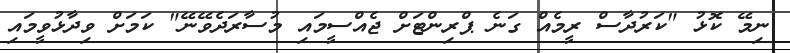
ނިމޭ ކޮޅު "ކަރުދާސް ރީމެއް ގަނެ ޕްރިންޓަށް ޖެއްސީމައި މުސާރަދެވޭނޭ" ކަމަށް ވިދާޅުވީމައި